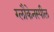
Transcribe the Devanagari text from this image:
ग्लौकेनस्पील